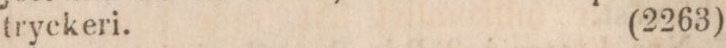
tryckeri.    (2263)